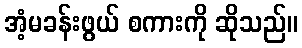
အံ့မခန်းဖွယ် စကားကို ဆိုသည်။